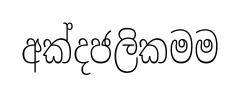
අක්දජලිකමම